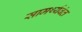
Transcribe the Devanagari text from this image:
सामर्थ्यवंत